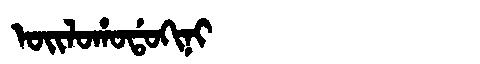
Manchu: ᠣᡳᠯᠣᡥᠣᡩᠣᡴᡳᠨᡳ
Romanization: OILOHODOKINI